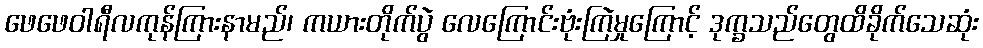
ဖေဖေဝါရီလကုန်ကြားနာမည်၊ ကယားတိုက်ပွဲ လေကြောင်းဗုံးကြဲမှုကြောင့် ဒုက္ခသည်တွေထိခိုက်သေဆုံး